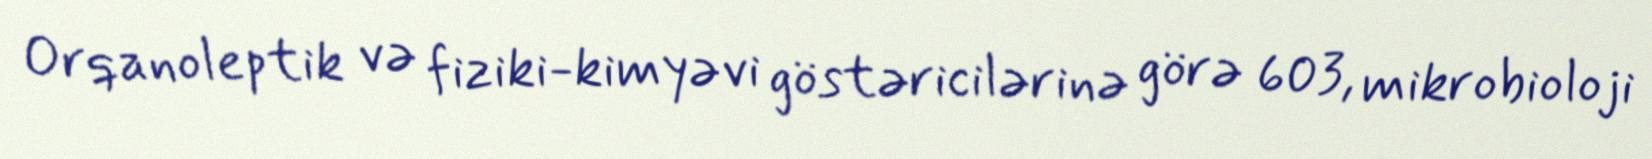
Orqanoleptik və fiziki-kimyəvi göstəricilərinə görə 603, mikrobioloji